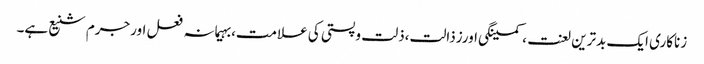
زناکاری ایک بدترین لعنت ،کمینگی اورزذالت،ذلت وپستی کی علامت،بہیمانہ فعل اورجرم شنیع ہے۔